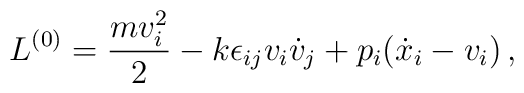
{ L}^{(0)} = \frac{mv^2_i}{2} - k {\epsilon}_{ij} v_i  \dot{v}_j +   p_i (\dot{x}_i - v_i ) \, ,